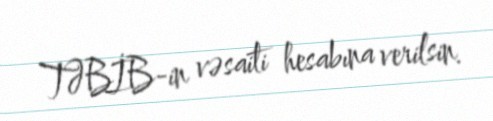
TƏBİB-in vəsaiti hesabına verilsin.